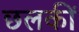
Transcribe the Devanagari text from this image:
छलकीं